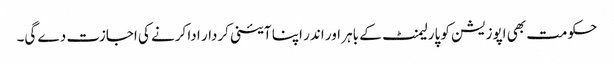
حکومت بھی اپوزیشن کو پارلیمنٹ کے باہر اور اندر اپنا آئینی کردار ادا کرنے کی اجازت دے گی۔